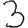
Digit: 3